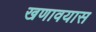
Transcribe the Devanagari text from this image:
खणावयास